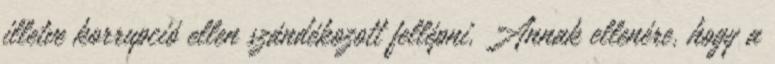
illetve korrupció ellen szándékozott fellépni. Annak ellenére, hogy a